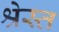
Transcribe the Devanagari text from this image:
श्रेस्त